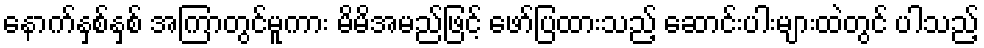
နောက်နှစ်နှစ် အကြာတွင်မူကား မိမိအမည်ဖြင့် ဖော်ပြထားသည့် ဆောင်းပါးများထဲတွင် ပါသည့်